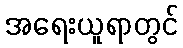
အရေးယူရာတွင်